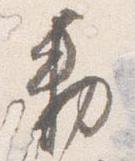
勅